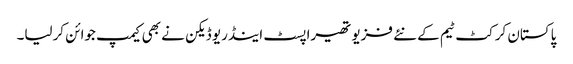
پاکستان کرکٹ ٹیم کے نئے فزیو تھیراپسٹ اینڈریو ڈیکن نے بھی کیمپ جوائن کرلیا۔